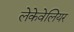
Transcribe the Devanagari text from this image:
लेकेवेलियर